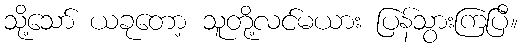
သို့သော် ယခုတော့ သူတို့လင်မယား ပြန်သွားကြပြီ။